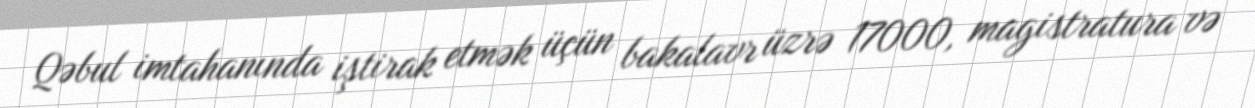
Qəbul imtahanında iştirak etmək üçün bakalavr üzrə 17000, magistratura və